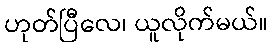
ဟုတ်ပြီလေ၊ ယူလိုက်မယ်။